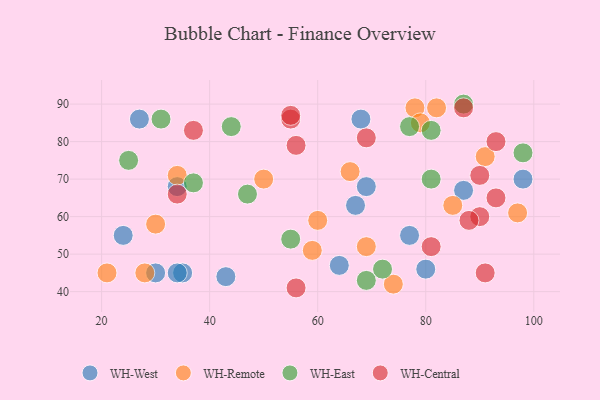
{"axis": {"x": "GDP", "y": "Life Expectancy"}, "legend": ["WH-Central", "WH-East", "WH-Remote", "WH-West"], "data": [{"x": "68", "y": 86, "type": "WH-West"}, {"x": "35", "y": 45, "type": "WH-West"}, {"x": "64", "y": 47, "type": "WH-West"}, {"x": "87", "y": 67, "type": "WH-West"}, {"x": "34", "y": 45, "type": "WH-West"}, {"x": "24", "y": 55, "type": "WH-West"}, {"x": "67", "y": 63, "type": "WH-West"}, {"x": "27", "y": 86, "type": "WH-West"}, {"x": "77", "y": 55, "type": "WH-West"}, {"x": "34", "y": 68, "type": "WH-West"}, {"x": "30", "y": 45, "type": "WH-West"}, {"x": "69", "y": 68, "type": "WH-West"}, {"x": "80", "y": 46, "type": "WH-West"}, {"x": "98", "y": 70, "type": "WH-West"}, {"x": "43", "y": 44, "type": "WH-West"}, {"x": "21", "y": 45, "type": "WH-Remote"}, {"x": "91", "y": 76, "type": "WH-Remote"}, {"x": "78", "y": 89, "type": "WH-Remote"}, {"x": "82", "y": 89, "type": "WH-Remote"}, {"x": "66", "y": 72, "type": "WH-Remote"}, {"x": "34", "y": 71, "type": "WH-Remote"}, {"x": "50", "y": 70, "type": "WH-Remote"}, {"x": "30", "y": 58, "type": "WH-Remote"}, {"x": "28", "y": 45, "type": "WH-Remote"}, {"x": "59", "y": 51, "type": "WH-Remote"}, {"x": "60", "y": 59, "type": "WH-Remote"}, {"x": "79", "y": 85, "type": "WH-Remote"}, {"x": "74", "y": 42, "type": "WH-Remote"}, {"x": "97", "y": 61, "type": "WH-Remote"}, {"x": "85", "y": 63, "type": "WH-Remote"}, {"x": "69", "y": 52, "type": "WH-Remote"}, {"x": "72", "y": 46, "type": "WH-East"}, {"x": "81", "y": 70, "type": "WH-East"}, {"x": "69", "y": 43, "type": "WH-East"}, {"x": "44", "y": 84, "type": "WH-East"}, {"x": "25", "y": 75, "type": "WH-East"}, {"x": "81", "y": 83, "type": "WH-East"}, {"x": "87", "y": 90, "type": "WH-East"}, {"x": "31", "y": 86, "type": "WH-East"}, {"x": "37", "y": 69, "type": "WH-East"}, {"x": "98", "y": 77, "type": "WH-East"}, {"x": "77", "y": 84, "type": "WH-East"}, {"x": "47", "y": 66, "type": "WH-East"}, {"x": "55", "y": 54, "type": "WH-East"}, {"x": "56", "y": 41, "type": "WH-Central"}, {"x": "37", "y": 83, "type": "WH-Central"}, {"x": "91", "y": 45, "type": "WH-Central"}, {"x": "93", "y": 80, "type": "WH-Central"}, {"x": "69", "y": 81, "type": "WH-Central"}, {"x": "90", "y": 60, "type": "WH-Central"}, {"x": "90", "y": 71, "type": "WH-Central"}, {"x": "81", "y": 52, "type": "WH-Central"}, {"x": "87", "y": 89, "type": "WH-Central"}, {"x": "88", "y": 59, "type": "WH-Central"}, {"x": "55", "y": 86, "type": "WH-Central"}, {"x": "34", "y": 66, "type": "WH-Central"}, {"x": "56", "y": 79, "type": "WH-Central"}, {"x": "55", "y": 87, "type": "WH-Central"}, {"x": "93", "y": 65, "type": "WH-Central"}]}